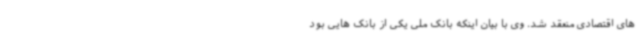
های اقتصادی منعقد شد. وی با بیان اینکه بانک ملی یکی از بانک هایی بود